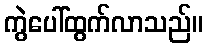
ကွဲပေါ်ထွက်လာသည်။